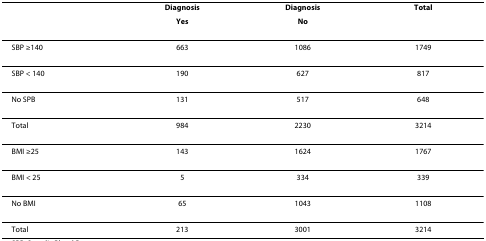
<table><thead><tr><td></td><td><b>Diagnosis</b></td><td><b>Diagnosis</b></td><td><b>Total</b></td></tr><tr><td></td><td><b>Yes</b></td><td><b>No</b></td><td></td></tr></thead><tbody><tr><td>SBP ≥140</td><td>663</td><td>1086</td><td>1749</td></tr><tr><td>SBP &lt; 140</td><td>190</td><td>627</td><td>817</td></tr><tr><td>No SPB</td><td>131</td><td>517</td><td>648</td></tr><tr><td>Total</td><td>984</td><td>2230</td><td>3214</td></tr><tr><td>BMI ≥25</td><td>143</td><td>1624</td><td>1767</td></tr><tr><td>BMI &lt; 25</td><td>5</td><td>334</td><td>339</td></tr><tr><td>No BMI</td><td>65</td><td>1043</td><td>1108</td></tr><tr><td>Total</td><td>213</td><td>3001</td><td>3214</td></tr></tbody></table>